Scottish Leaving Certificate Examination, 1952
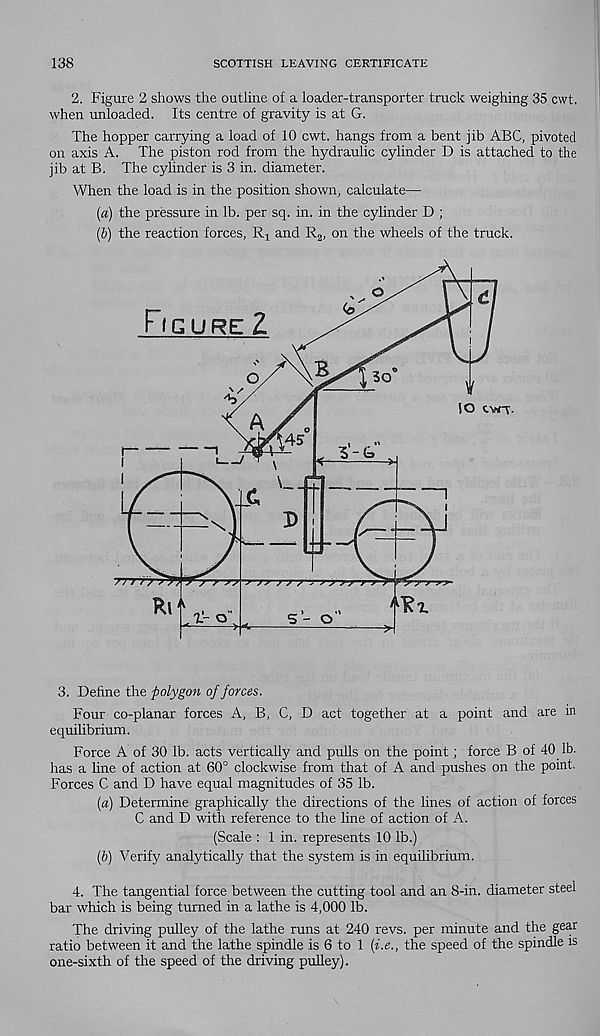
138
SCOTTISH LEAVING CERTIFICATE
2. Figure 2 shows the outline of a loader-transporter truck weighing 35 cwt.
when unloaded. Its centre of gravity is at G.
The hopper carrying a load of 10 cwt. hangs from a bent jib ABC, pivoted
on axis A. The piston rod from the hydraulic cylinder D is attached to the
jib at B. The cylinder is 3 in. diameter.
When the load is in the position shown, calculate—
[а) the pressure in lb. per sq. in. in the cylinder D ;
(б) the reaction forces, Rj and R 2 , on the wheels of the truck.
3. Define the polygon of forces.
Four co-planar forces A, B, C, D act together at a point and are in
equilibrium.
Force A of 30 lb. acts vertically and pulls on the point; force B of 40 lb.
has a line of action at 60° clockwise from that of A and pushes on the point.
Forces C and D have equal magnitudes of 35 lb.
{a) Determine graphically the directions of the lines of action of forces
C and D with reference to the line of action of A.
(Scale : 1 in. represents 10 lb.)
(6) Verify analytically that the system is in equilibrium.
4. The tangential force between the cutting tool and an 8-in. diameter steel
bar which is being turned in a lathe is 4,000 lb.
The driving pulley of the lathe runs at 240 revs, per minute and the gear
ratio between it and the lathe spindle is 6 to 1 {i.e., the speed of the spindle is
one-sixth of the speed of the driving pulley).